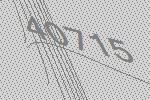
40715